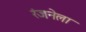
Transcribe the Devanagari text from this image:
रंजनेला